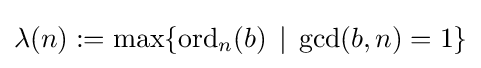
\lambda (n):=\max\{\operatorname {ord} _{n}(b)\,\mid \,\gcd(b,n)=1\}